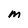
Character: M